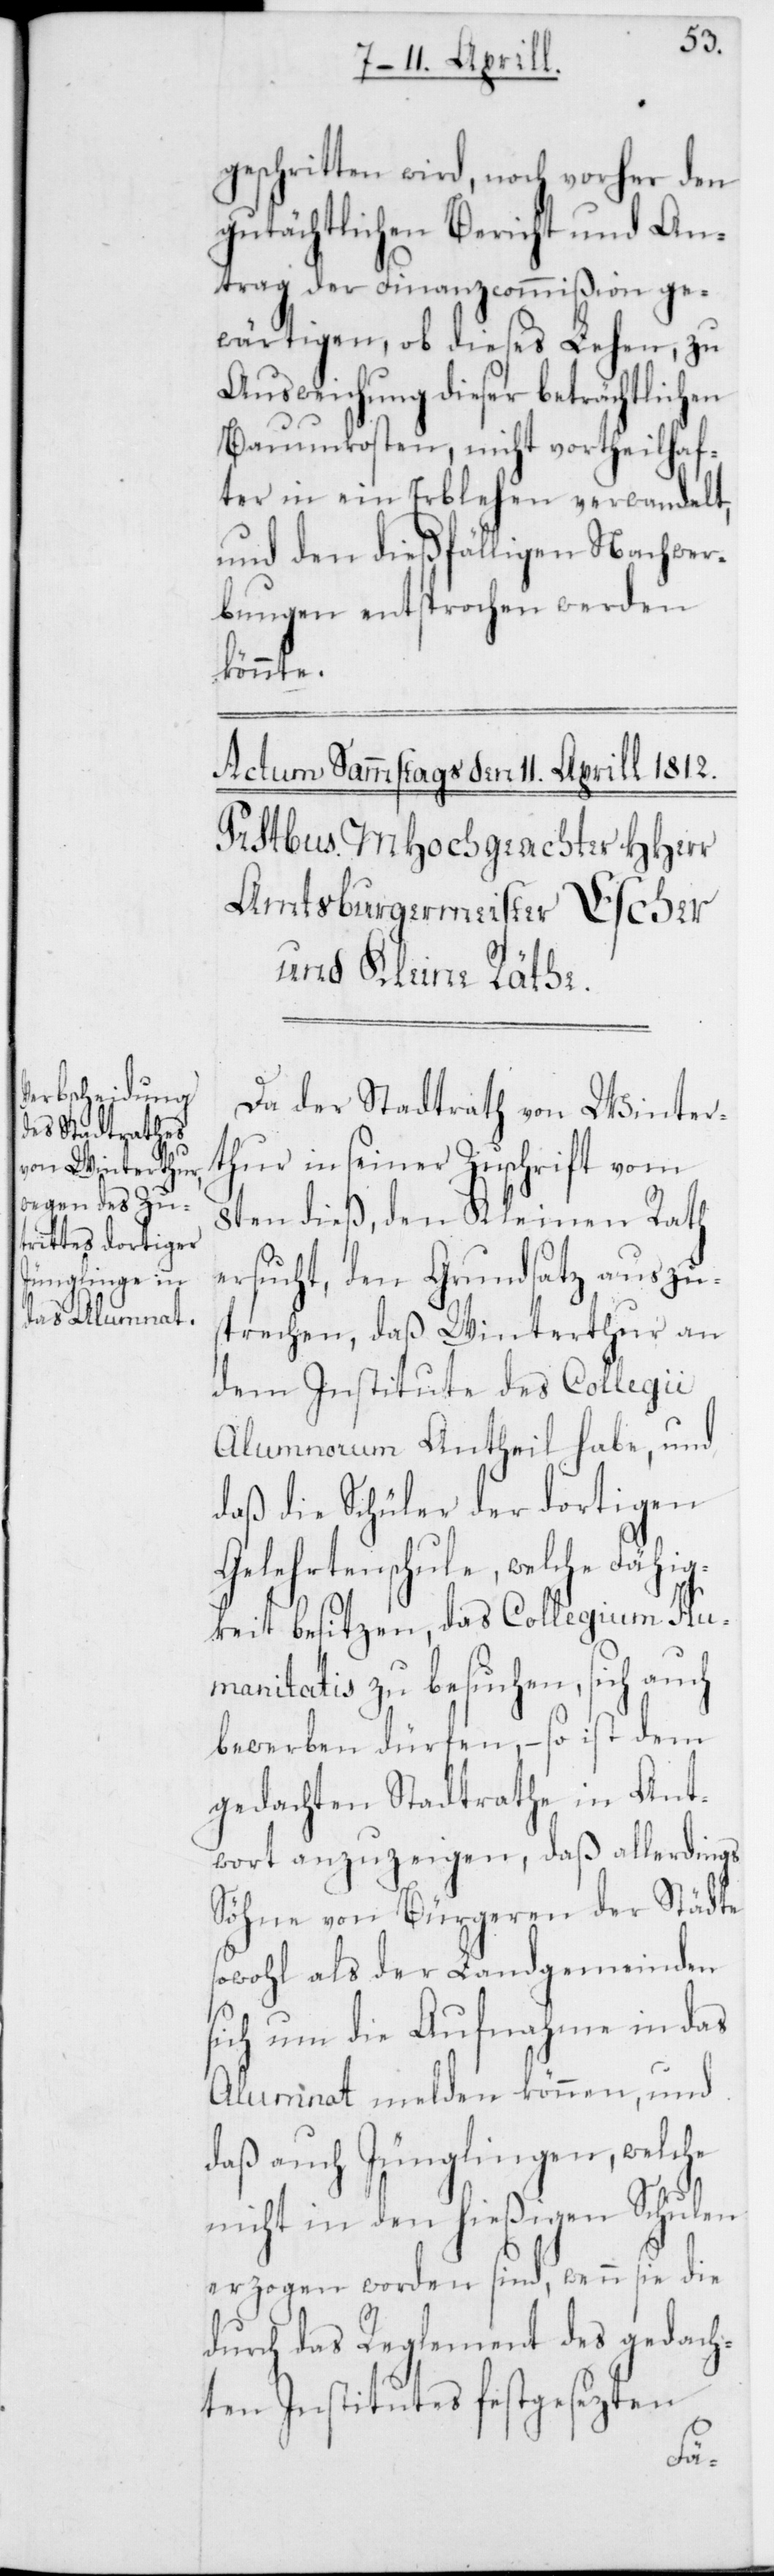
geschritten wird, noch vorher den
gutächtlichen Bericht und An¬
trag der Finanzcommißion ge¬
wärtigen, ob dieses Lehen zu
Ausweichung dieser beträchtlichen
Bauunkosten, nicht vortheilhaf¬
ter in ein Erblehen verwandelt,
und den dießfälligen Nachwer¬
bungen entsprochen werden
könnte.
Da der Stadtrat von Winter¬
thur in seiner Zuschrift vom
8ten dieß, den Kleinen Rath
ersucht, den Grundsatz auszus¬
prechen, daß Winterthur an
dem Institute des Collegii
Alumnorum Antheil habe, und
daß die Schüler der dortigen
Gelehrtenschule, welche Fähig¬
keit besitzen, das Collegium Hu¬
manitatis zu besuchen, sich auch
bewerben dürfen, – so ist dem
gedachten Stadtrathe in Ant¬
wort anzuzeigen, daß allerdings
Söhne von Bürgeren der Städte
sowohl als der Landgemeinden
sich um die Aufnahme in das
Alumnat melden können, und
daß auch Jünglingen, welche
nicht in den hießigen Schulen
erzogen worden sind, wenn sie
durch das Reglement des gedach¬
ten Institutes festgesezten